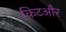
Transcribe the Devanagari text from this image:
किटऔर